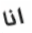
انا